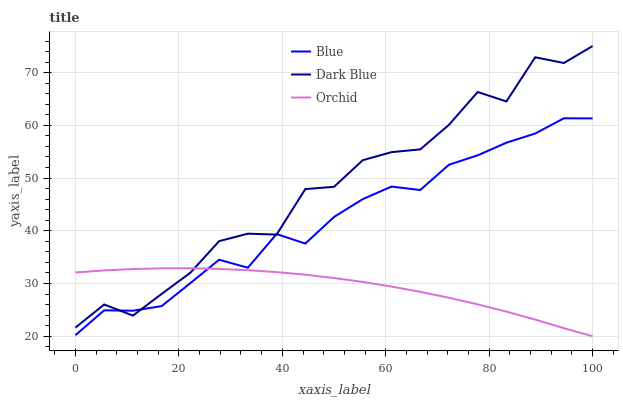
| xaxis_label | Blue | Dark Blue | Orchid |
 | --- | --- | --- | --- |
 | 0 | 20.2 | 21.6 | 32.1 |
 | 5.56 | 24.9 | 26 | 32.5 |
 | 11.1 | 24.8 | 23.9 | 32.7 |
 | 16.7 | 25.7 | 28 | 32.9 |
 | 22.2 | 30.1 | 32 | 32.9 |
 | 27.8 | 34.5 | 38 | 32.8 |
 | 33.3 | 33 | 39.5 | 32.5 |
 | 38.9 | 39.4 | 39.3 | 32.2 |
 | 44.4 | 37.6 | 47.9 | 31.7 |
 | 50 | 42.6 | 48.3 | 31 |
 | 55.6 | 46 | 53.4 | 30.3 |
 | 61.1 | 48.4 | 54.9 | 29.4 |
 | 66.7 | 47.7 | 55.4 | 28.4 |
 | 72.2 | 52.5 | 60.1 | 27.3 |
 | 77.8 | 54.3 | 66.3 | 26 |
 | 83.3 | 56.7 | 64.5 | 24.7 |
 | 88.9 | 58.4 | 72.9 | 23.2 |
 | 94.4 | 61.3 | 71.8 | 21.5 |
 | 100 | 61.3 | 75 | 20 |